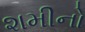
શમીનો